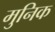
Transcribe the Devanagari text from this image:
मुनिक